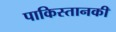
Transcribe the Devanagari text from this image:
पाकिस्तानकी